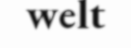
welt